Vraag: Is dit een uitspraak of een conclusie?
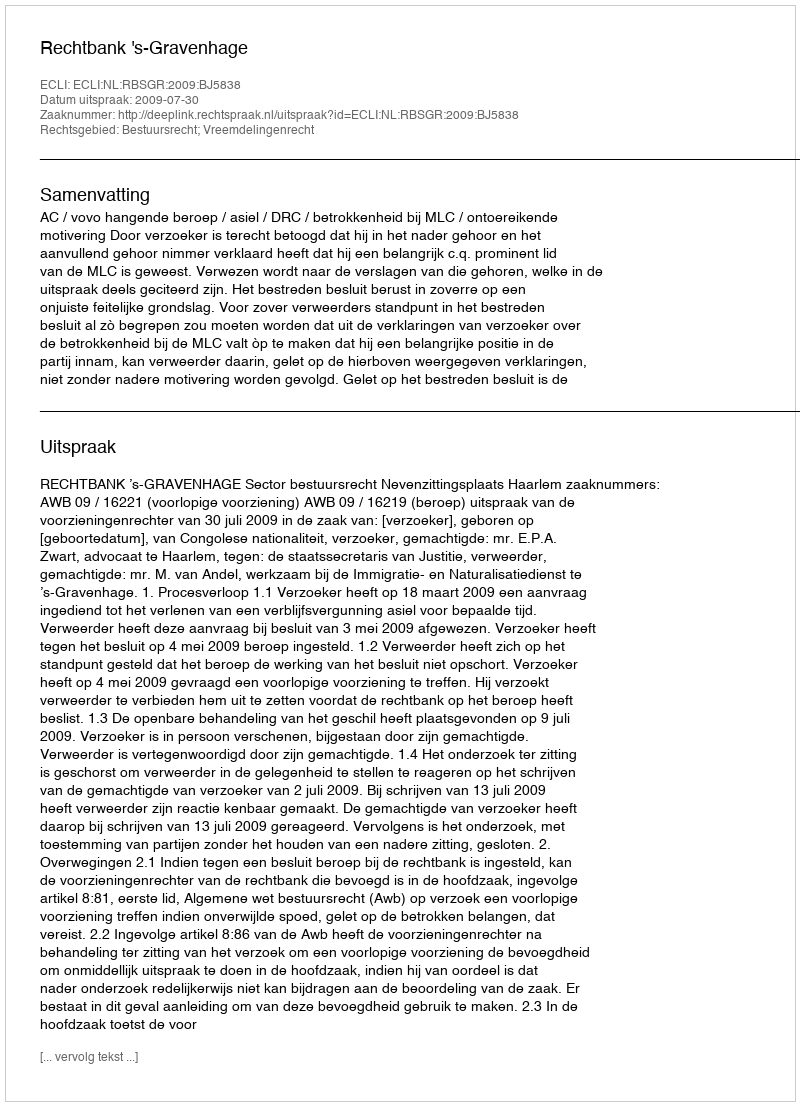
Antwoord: Uitspraak